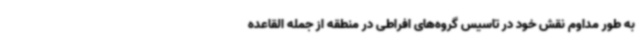
به طور مداوم نقش خود در تاسیس گروه‌های افراطی در منطقه از جمله القاعده